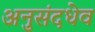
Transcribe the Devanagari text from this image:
अनुसंदधेव